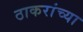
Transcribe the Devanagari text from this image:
ठाकरांच्या